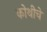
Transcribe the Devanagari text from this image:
कोथीचे